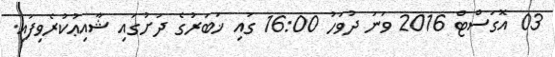
03 އޮގަސްޓް 2016 ވަނަ ދުވަހު 16:00 ގައި ޚަބަރުގެ ދަށުގައި ޝާއިޢުކުރެވިފައި.